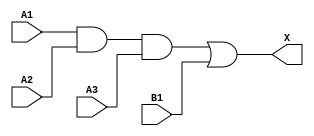
`timescale 1ps/1ps
module cell_a31o
(
    input wire A1,
    input wire A2,
    input wire A3,
    input wire B1,
    output wire X
);
    assign X = ((A1 & A2 & A3) | B1);
endmodule